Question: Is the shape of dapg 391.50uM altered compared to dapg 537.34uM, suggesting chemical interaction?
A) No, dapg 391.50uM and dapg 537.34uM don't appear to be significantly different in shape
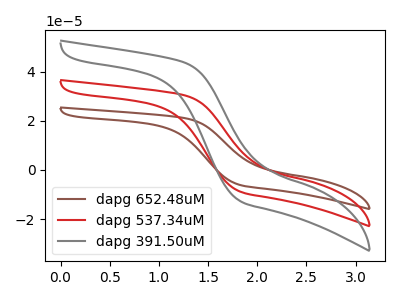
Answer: <think>The brown curve "dapg 652.48uM" has no peaks. The red curve "dapg 537.34uM" has no peaks. The gray curve "dapg 391.50uM" has no peaks.
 Neither "dapg 391.50uM" or "dapg 537.34uM" have any peaks.</think>
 <answer>A) No, "dapg 391.50uM" and "dapg 537.34uM" don't appear to be significantly different in shape</answer>
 <eval>A</eval>